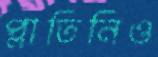
প্লাতিনিও